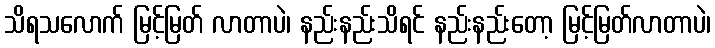
သိရသလောက် မြင့်မြတ် လာတာပဲ၊ နည်းနည်းသိရင် နည်းနည်းတော့ မြင့်မြတ်လာတာပဲ၊